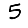
Digit: 5